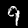
Digit: 9